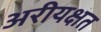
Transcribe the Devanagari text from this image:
अरीयक्षत